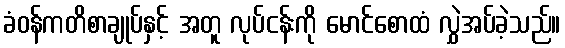
ခံဝန်ကတိစာချုပ်နှင့် အတူ လုပ်ငန်းကို မောင်စောထံ လွှဲအပ်ခဲ့သည်။